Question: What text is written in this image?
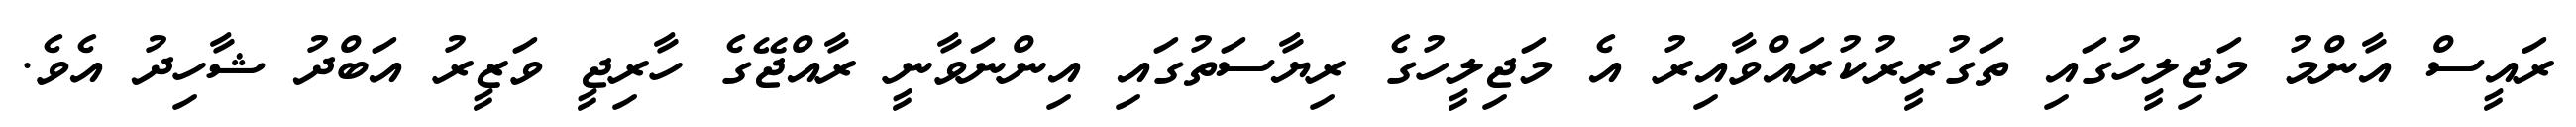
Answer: ރައީސް އާންމު މަޖިލީހުގައި ތަގުރީރުކުރައްވާއިރު އެ މަޖިލީހުގެ ރިޔާސަތުގައި އިންނަވާނީ ރާއްޖޭގެ ހާރިޖީ ވަޒީރު އަބްދު ޝާހިދު އެވެ.